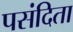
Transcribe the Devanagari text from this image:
पसंदिता